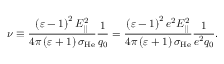
\nu \equiv \frac { \left( \varepsilon - 1 \right) ^ { 2 } E _ { | | } ^ { 2 } } { 4 \pi \left( \varepsilon + 1 \right) \sigma _ { \mathrm { H e } } } \frac { 1 } { q _ { 0 } } = \frac { \left( \varepsilon - 1 \right) ^ { 2 } e ^ { 2 } E _ { | | } ^ { 2 } } { 4 \pi \left( \varepsilon + 1 \right) \sigma _ { \mathrm { H e } } } \frac { 1 } { e ^ { 2 } q _ { 0 } } .